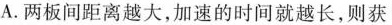
A.两板间距离越大，加速的时间就越长，则获